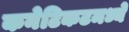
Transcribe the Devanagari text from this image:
कनेटिकटमध्ये